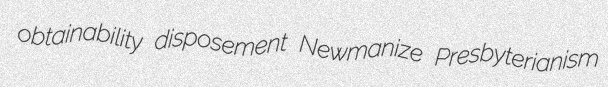
obtainability disposement Newmanize Presbyterianism